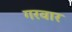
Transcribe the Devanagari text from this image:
गरवार